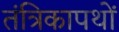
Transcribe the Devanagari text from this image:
तंत्रिकापथों